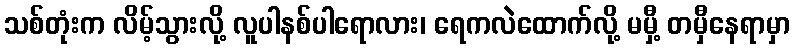
သစ်တုံးက လိမ့်သွားလို့ လူပါနစ်ပါရောလား၊ ရေကလဲထောက်လို့ မမှီ့ တမှီနေရာမှာ